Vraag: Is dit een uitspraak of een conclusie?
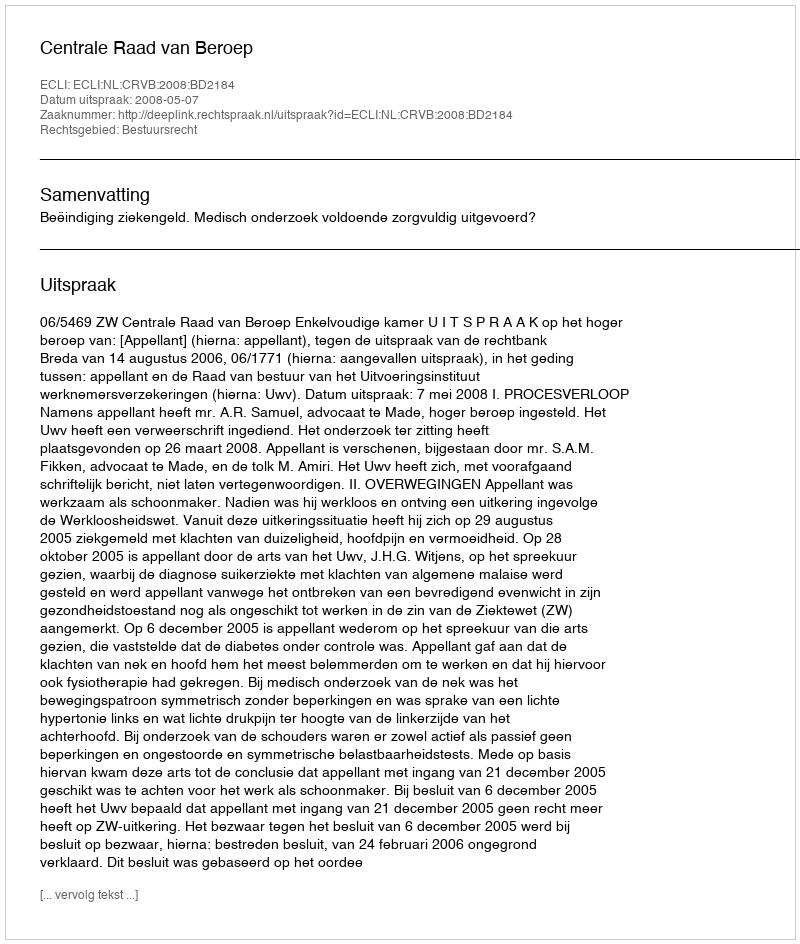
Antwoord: Uitspraak